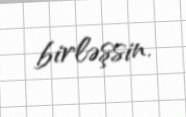
birləşsin.